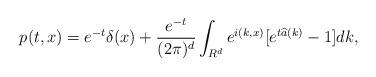
LaTeX: \begin{align*}p(t,x)=e^{-t}\delta(x)+\frac{e^{-t}}{(2\pi)^d}\int_{R^d}e^{i(k,x)}[e^{t\widehat{a}(k)}-1]dk,\end{align*}